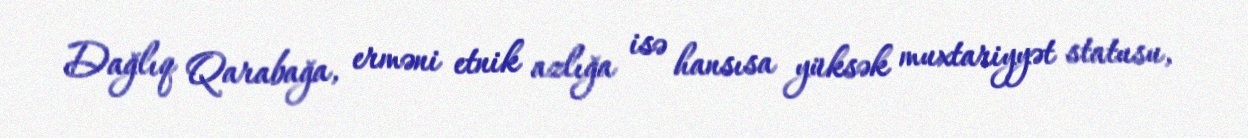
Dağlıq Qarabağa, erməni etnik azlığa isə hansısa yüksək muxtariyyət statusu,